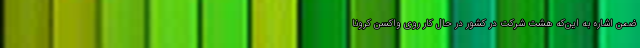
ضمن اشاره به این‌‌که هشت شرکت در کشور در حال کار روی واکسن کرونا